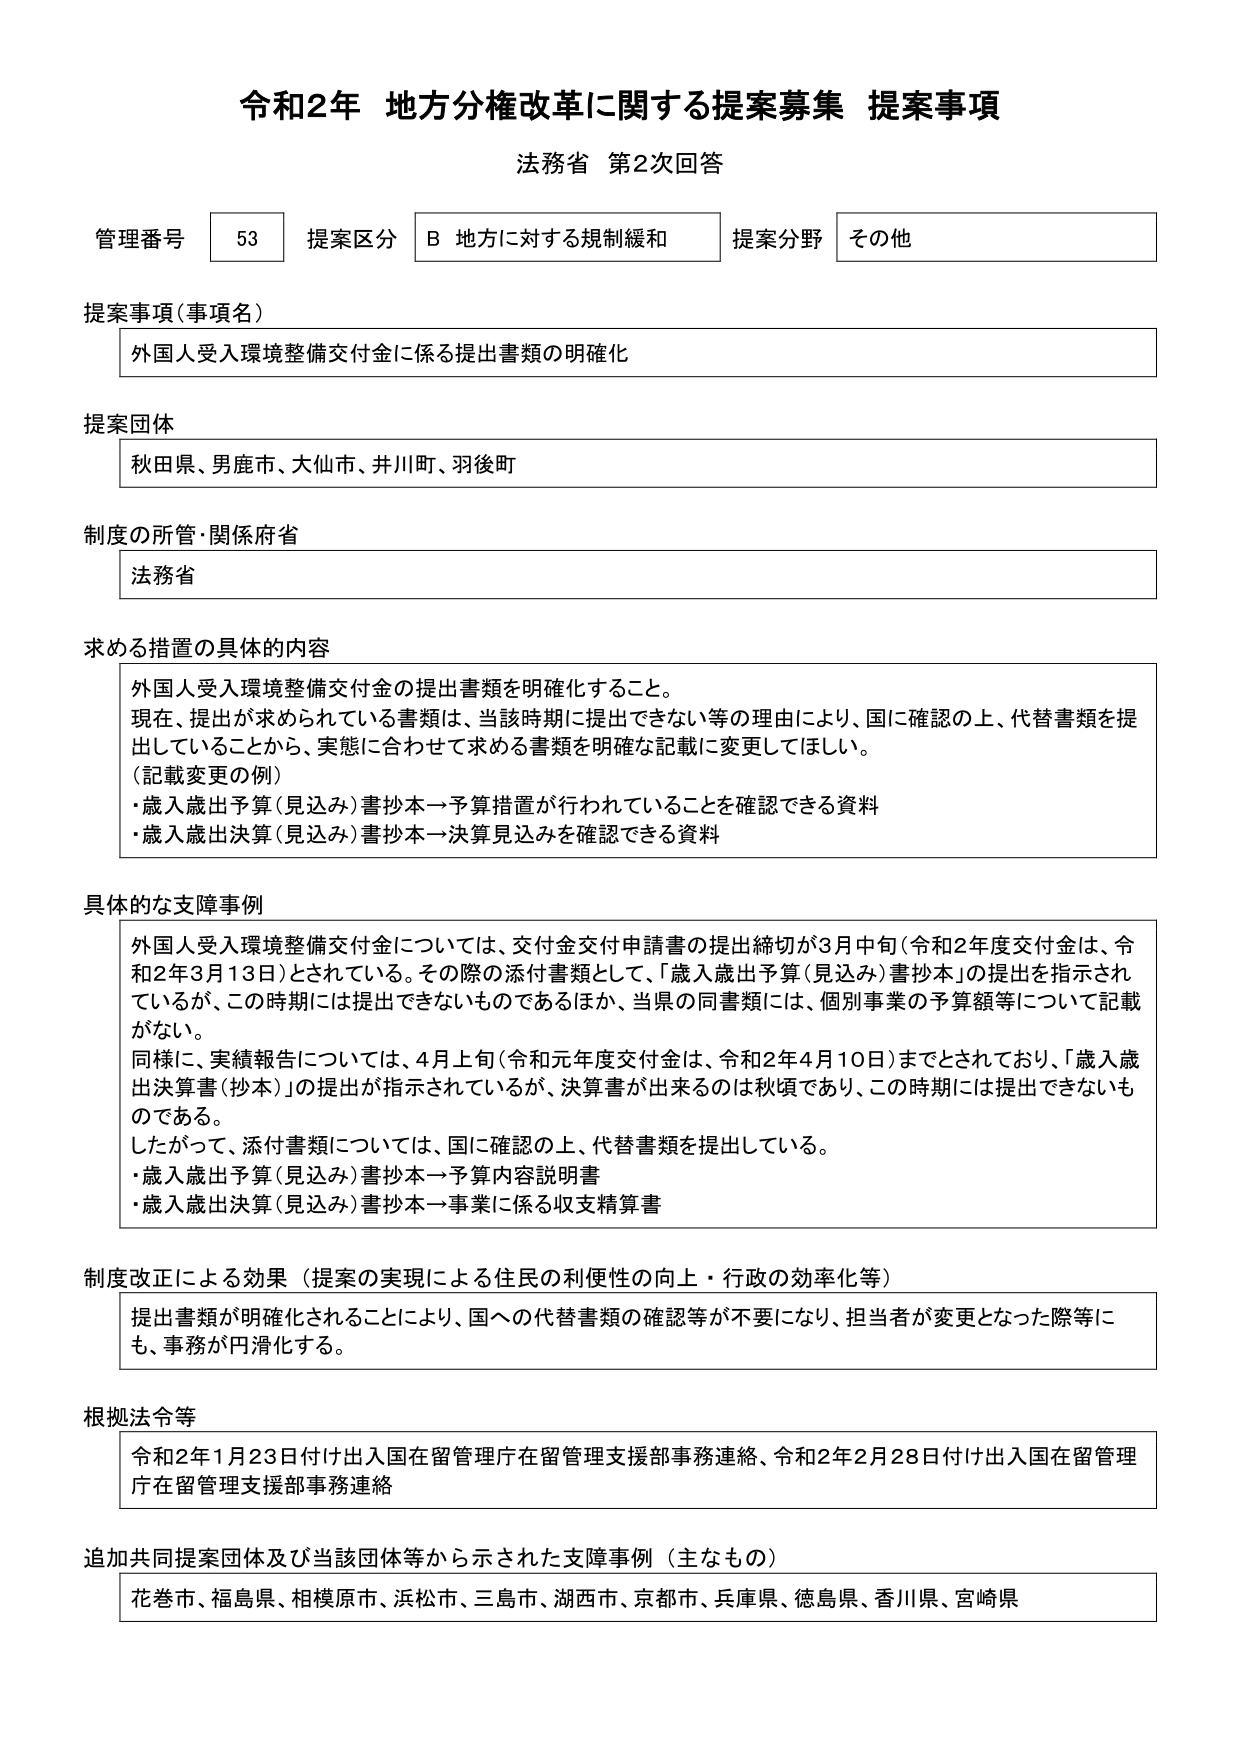
令和2年 地方分権改革に関する提案募集 提案事項
法務省 第2次回答

管理番号 53 提案区分 B 地方に対する規制緩和 提案分野 その他

提案事項（事項名）
外国人受入環境整備交付金に係る提出書類の明確化

提案団体
秋田県、男鹿市、大仙市、井川町、羽後町

制度の所管・関係府省
法務省

求める措置の具体的内容
外国人受入環境整備交付金の提出書類を明確化すること。
現在、提出が求められている書類は、当該時期に提出できない等の理由により、国に確認の上、代替書類を提出していることから、実態に合わせて求める書類を明確な記載に変更してほしい。
（記載変更の例）
・歳入歳出予算（見込み）書抄本→予算措置が行われていることを確認できる資料
・歳入歳出決算（見込み）書抄本→決算見込みを確認できる資料

具体的な支障事例
外国人受入環境整備交付金については、交付金交付申請書の提出締切が3月中旬（令和2年度交付金は、令和2年3月13日）とされている。その際の添付書類として、「歳入歳出予算（見込み）書抄本」の提出を指示されているが、この時期には提出できないものであるほか、当県の同書類には、個別事業の予算額等について記載がない。
同様に、実績報告については、4月上旬（令和元年度交付金は、令和2年4月10日）までとされており、「歳入歳出決算書（抄本）」の提出が指示されているが、決算書が出来るのは秋頃であり、この時期には提出できないものである。
したがって、添付書類については、国に確認の上、代替書類を提出している。
・歳入歳出予算（見込み）書抄本→予算内容説明書
・歳入歳出決算（見込み）書抄本→事業に係る収支精算書

制度改正による効果（提案の実現による住民の利便性の向上・行政の効率化等）
提出書類が明確化されることにより、国への代替書類の確認等が不要になり、担当者が変更となった際等にも、事務が円滑化する。

根拠法令等
令和2年1月23日付け出入国在留管理庁在留管理支援部事務連絡、令和2年2月28日付け出入国在留管理庁在留管理支援部事務連絡

追加共同提案団体及び当該団体等から示された支障事例（主なもの）
花巻市、福島県、相模原市、浜松市、三島市、湖西市、京都市、兵庫県、徳島県、香川県、宮崎県